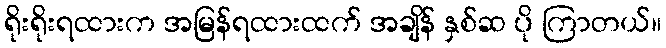
ရိုးရိုးရထားက အမြန်ရထားထက် အချိန် နှစ်ဆ ပို ကြာတယ်။